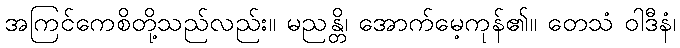
အကြင်ကေစိတို့သည်လည်း။ မညန္တိ၊ အောက်မေ့ကုန်၏။ တေသံ ဝါဒီနံ၊